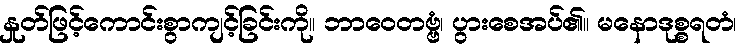
နှုတ်ဖြင့်ကောင်းစွာကျင့်ခြင်းကို။ ဘာဝေတဗ္ဗံ၊ ပွားစေအပ်၏။ မနောဒုစ္စရတံ၊